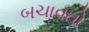
બચાવતો